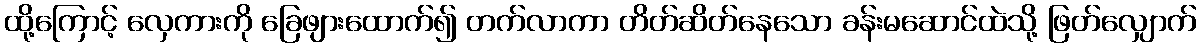
ထို့ကြောင့် လှေကားကို ခြေဖျားထောက်၍ တက်လာကာ တိတ်ဆိတ်နေသော ခန်းမဆောင်ထဲသို့ ဖြတ်လျှောက်